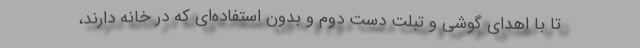
تا با اهدای گوشی و تبلت دست دوم و بدون استفاده‌ای که در خانه دارند،